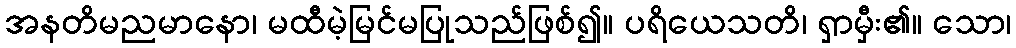
အနတိမညမာနော၊ မထီမဲ့မြင်မပြုသည်ဖြစ်၍။ ပရိယေသတိ၊ ရှာမှီး၏။ သော၊